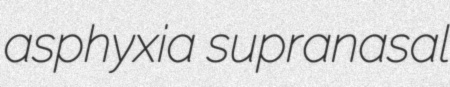
asphyxia supranasal